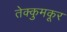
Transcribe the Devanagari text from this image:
तेक्कुमकूर